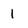
Character: 1